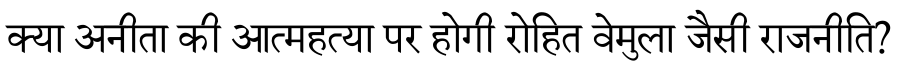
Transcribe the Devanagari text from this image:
क्या अनीता की आत्महत्या पर होगी रोहित वेमुला जैसी राजनीति?